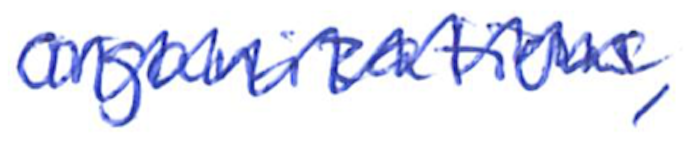
Text: organizations,
Cross-out: zig-zag
Writing tool: ballpoint